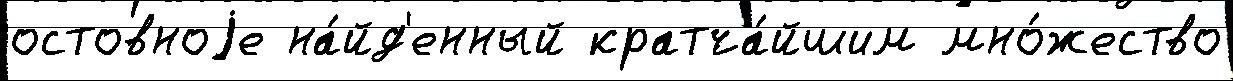
остовноjе на́йд'енный кратча́йшим мно́жество